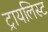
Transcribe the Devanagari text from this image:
ट्रायलिस्ट